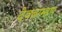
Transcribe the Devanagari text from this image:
देवब्राम्हण